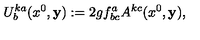
U _ { b } ^ { k a } ( x ^ { 0 } , { \bf y } ) : = 2 g f _ { b c } ^ { a } A ^ { k c } ( x ^ { 0 } , { \bf y } ) ,